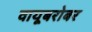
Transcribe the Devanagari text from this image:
वायूबरोबर